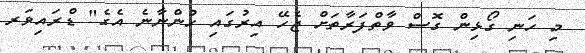
މި ހަނި ގޯޅިން ގޮސް ވާތްފަރާތަށް ޖެހޭ އިރުގައި ހުންނާނެ އެގެ" ޑްރައިވަރ